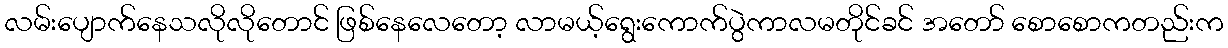
လမ်းပျောက်နေသလိုလိုတောင် ဖြစ်နေလေတော့ လာမယ့်ရွေးကောက်ပွဲကာလမတိုင်ခင် အတော် စောစောကတည်းက